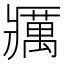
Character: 𰤅